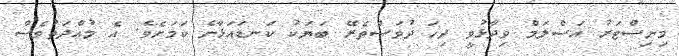
މިނިސްޓަރު އަސްލަމް ވިދާޅުވީ ދިހަ ދުވަސްތެރޭ ބަޔަކު ކަނޑައަޅާނެ ކަމަށެވެ. އެ މުއްދަތުވެސް